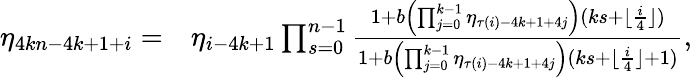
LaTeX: \begin{array}{rl}{\eta_{4kn-4k+1+i}=}&{\eta_{i-4k+1}\prod_{s=0}^{n-1}\frac{1+b\left(\prod_{j=0}^{k-1}{\eta_{\tau(i)-4k+1+4j}}\right)(ks+\lfloor\frac{i}{4}\rfloor)}{1+b\left(\prod_{j=0}^{k-1}{\eta_{\tau(i)-4k+1+4j}}\right)(ks+\lfloor\frac{i}{4}\rfloor+1)},}\end{array}